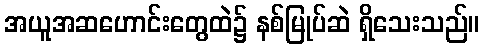
အယူအဆဟောင်းတွေထဲ၌ နစ်မြုပ်ဆဲ ရှိသေးသည်။